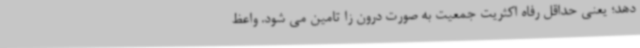
دهد؛ یعنی حداقل رفاه اکثریت جمعیت به صورت درون زا تامین می شود. واعظ